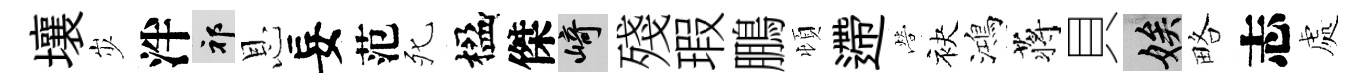
壤𡵯泮祁恩妄范死楹傑崎殘瑕鵬頓遰營袂鴻蒋貝娭略志處